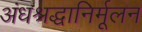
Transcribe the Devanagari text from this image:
अंधश्रद्धानिर्मूलन